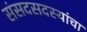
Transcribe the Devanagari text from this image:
संसदसदस्यांचा